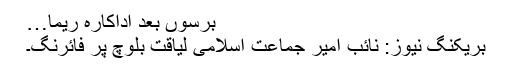
برسوں بعد اداکارہ ریما…
بریکنگ نیوز: نائب امیر جماعت اسلامی لیاقت بلوچ پر فائرنگ۔